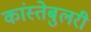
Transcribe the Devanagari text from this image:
कांस्तेबुलरी